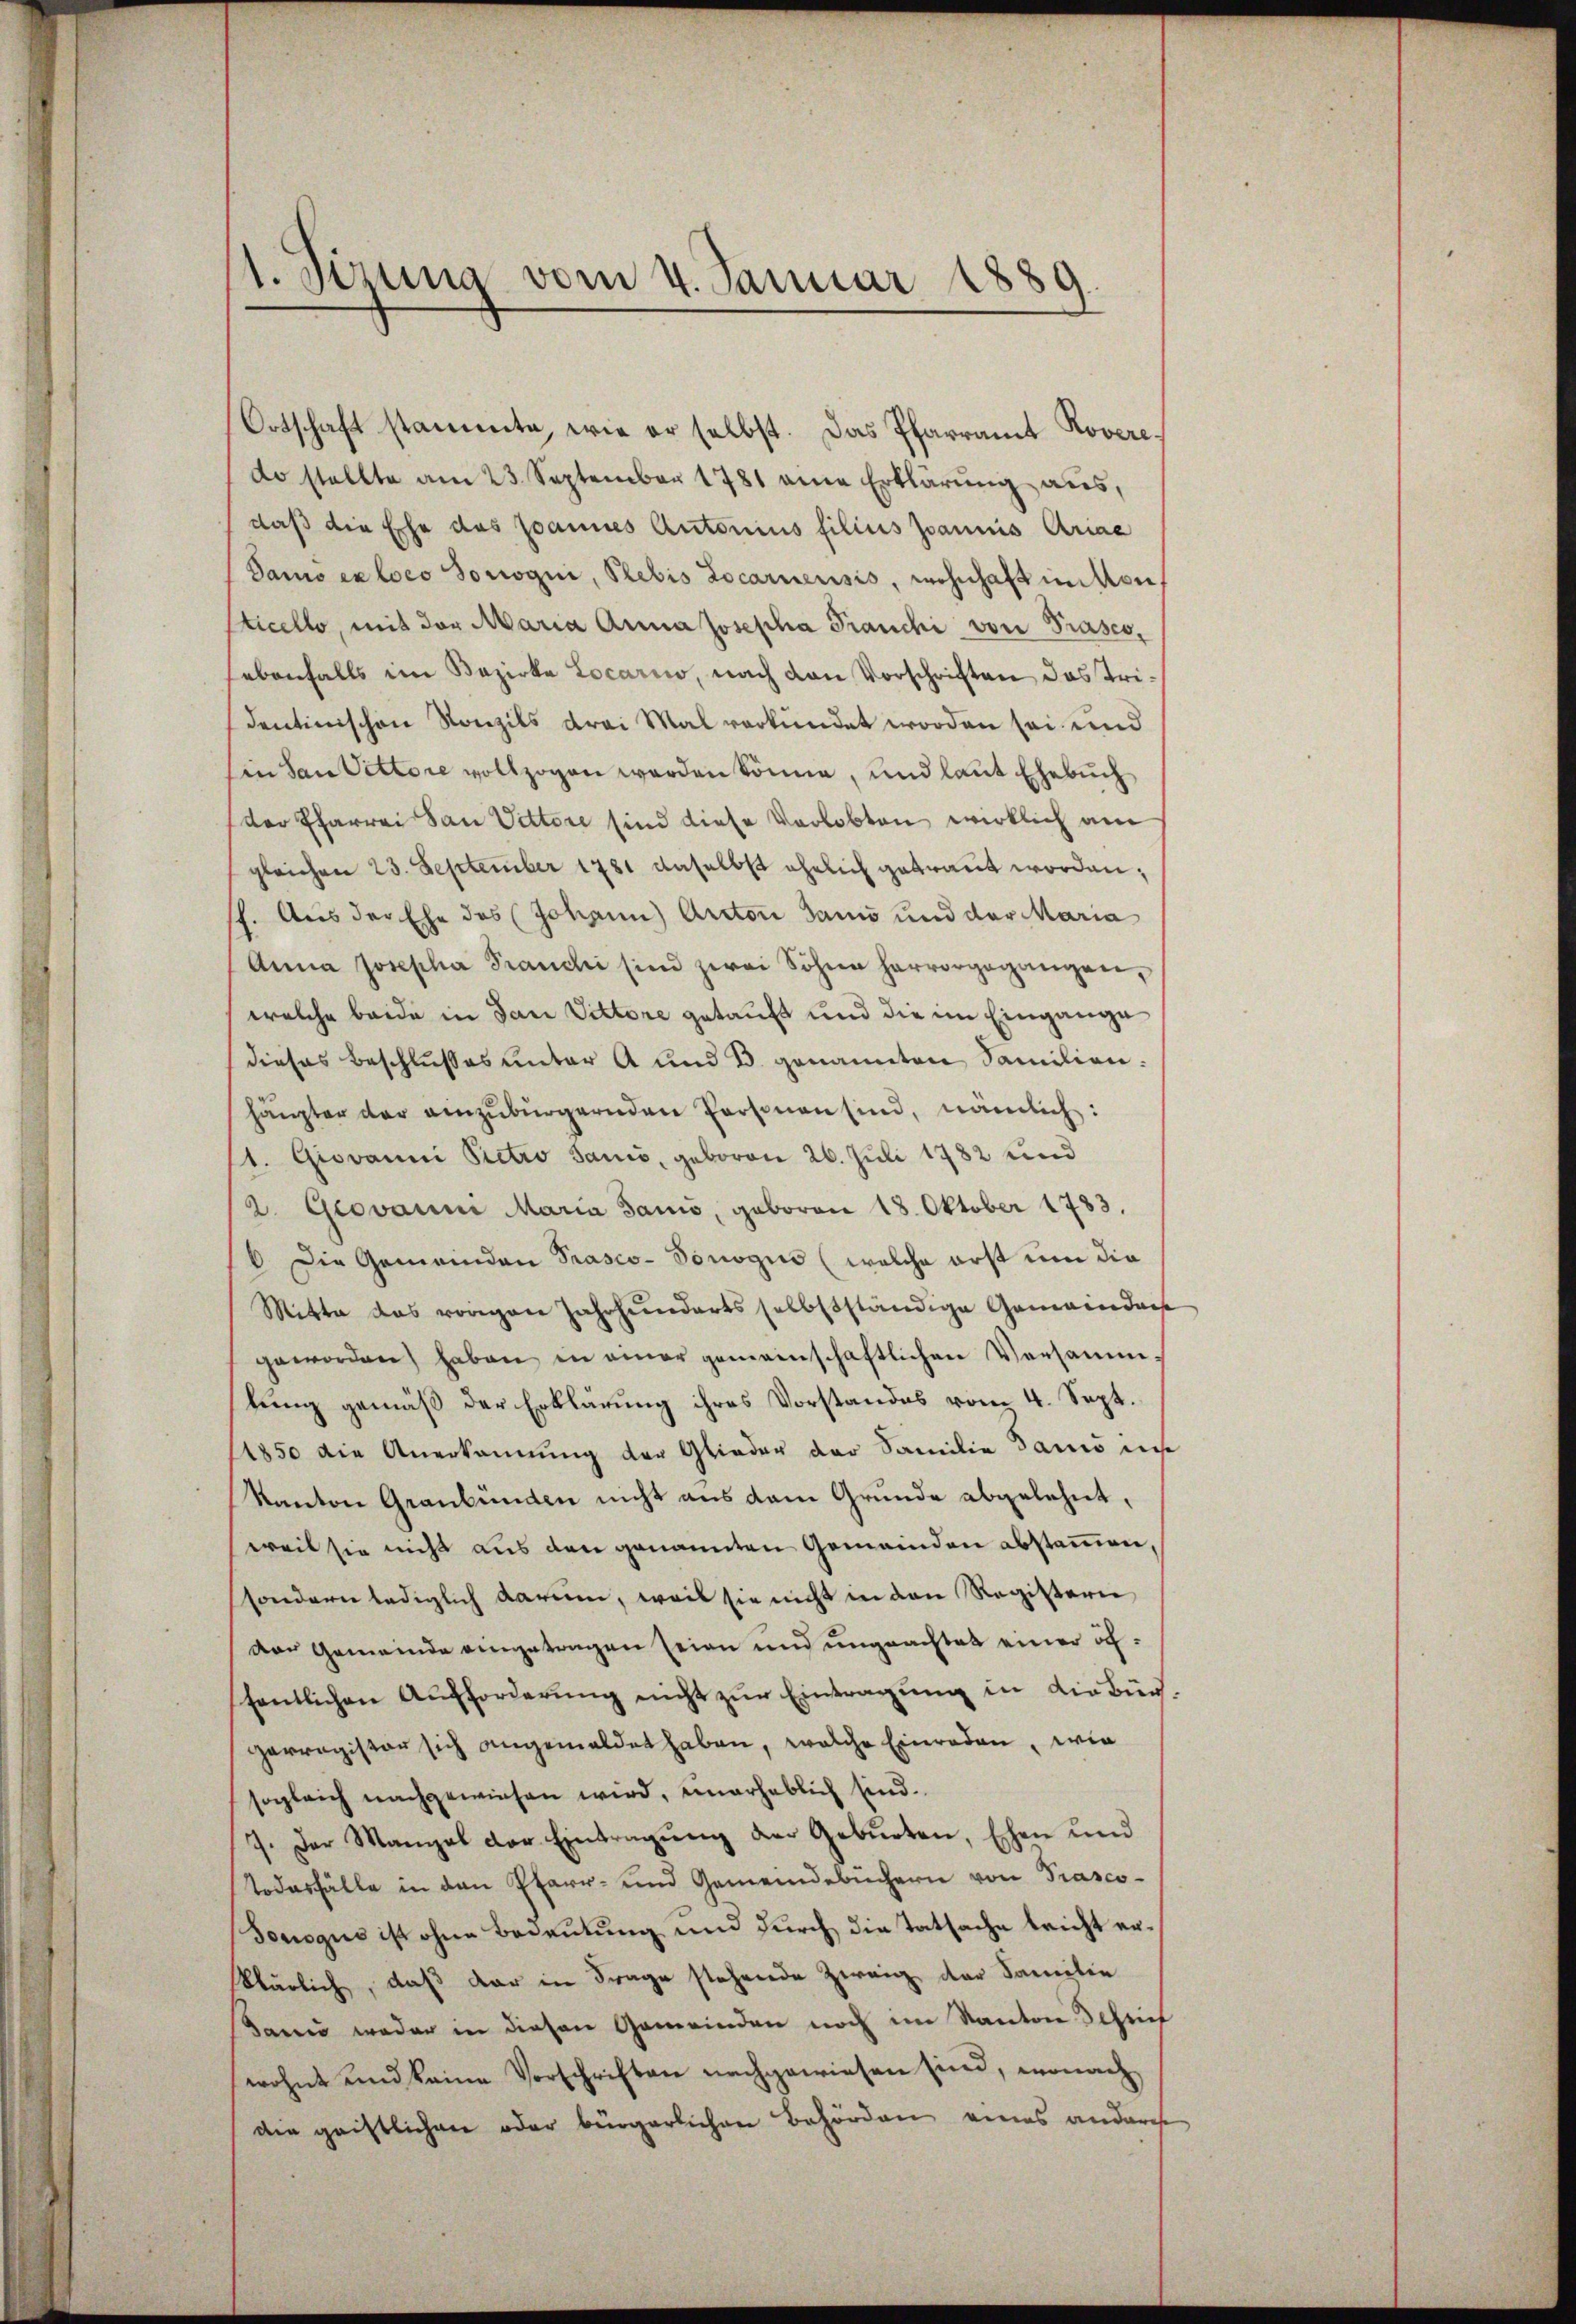
1. Sizung vom 4. Januar 1889.

Ortschaft stammte, wie er selbst. Das Pfarramt Rovere.
do stellte am 23. September 1781 eine Erklärŭng aus,
daß die Ehe das Joannes Autorius filius Joannis Ariae
Dano ex loco sorogii, Plebis Locarnensis, wohnhaft in kon
sticello, mit der Maria Anna Josepha Franchi von Präses,
ebenfalls im Bezirke Locario, nach den Vorschriften das Tridentinischen Konzils drei Mal verkündet worden sei und
in San Victore vollzogen werden könne, und laut Ehebuch
der Pfarrei San Vittore sind diese Verlobten wirklich am
gleichen 23. September 1781 daselbst ehelich getraut worden;
st. Aus der Ehe des Johann Arctor dans und der Maria
Anna Josepha Franchi sind zwei Söhne hervorgegangen,
welche beide in San Viktore getauft und die im Eingange
dieses Beschlusses unter A und d. genannten Familien.
häupter der anzŭbürgernden Personen sind, nämlich:
1. Giovanni Pietro Sanić, geboren 26. Juli 1782 und
2. Giovann Maria Sanio, geboren 18. Oktober 1783.
 Die Gemeinden Prasco- Ponogus (welche erst um die
Mitte das vorigen Jahrhunderts selbstständige Gemeindau
geworden haben in einer gemeinschaftlichen Versammtung gemäß der Erklärung ihres Vorstandes vom 4. Sept.
1850 die Anerkennung der Glieder der Familie dans im
Kanton Graubünden nicht aus dem Grunde abgelehnt,
weil sie nicht aus den genannten Gemeinden abstammen,
sondern lediglich darum, weil sie nicht in den Registerie
dor Gemeinde eingetragen seien und ungeachtet einer öffentlichen Aufforderung nicht zur Eintragung in die Bürparragister sich angemeldet haben, welche Einraden, wie
sogleich nachgewiesen wird, unerheblich sind.
7. Der Mangel der Eintragŭng der Gebŭrten, Ehen und
Todesfälle in den Pfarr- und Gemeindebüchern von Prasco-
Jonogus ist ohne Bedeutung und durch die Tatsache leicht erklärlich, daß dar in Frage stehende Zweig der Familie
Sami weder in diesen Gemeinden noch im Kanton Schrief
wohnt und keine Vorschriften nachgewiesen sind, wonach
die geistlichen oder bürgerlichen Behörden eines anderche